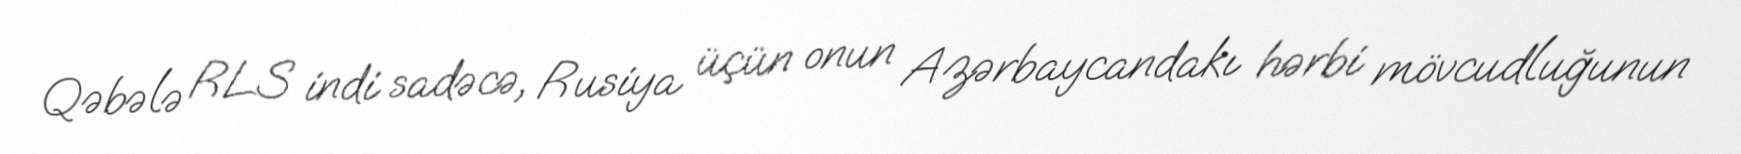
Qəbələ RLS indi sadəcə, Rusiya üçün onun Azərbaycandakı hərbi mövcudluğunun